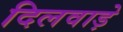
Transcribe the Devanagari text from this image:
दिलवाड़े